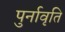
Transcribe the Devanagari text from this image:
पुर्नावृति